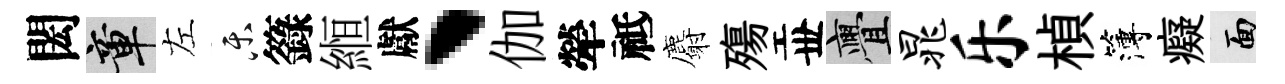
閎章左乐籙縆獻、伽犖祗麝殤丗亹晁乐楨簿癡面